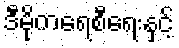
ဒီမိုကရေစီရေးနှင့်